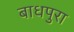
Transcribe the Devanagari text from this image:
बाधपुरा